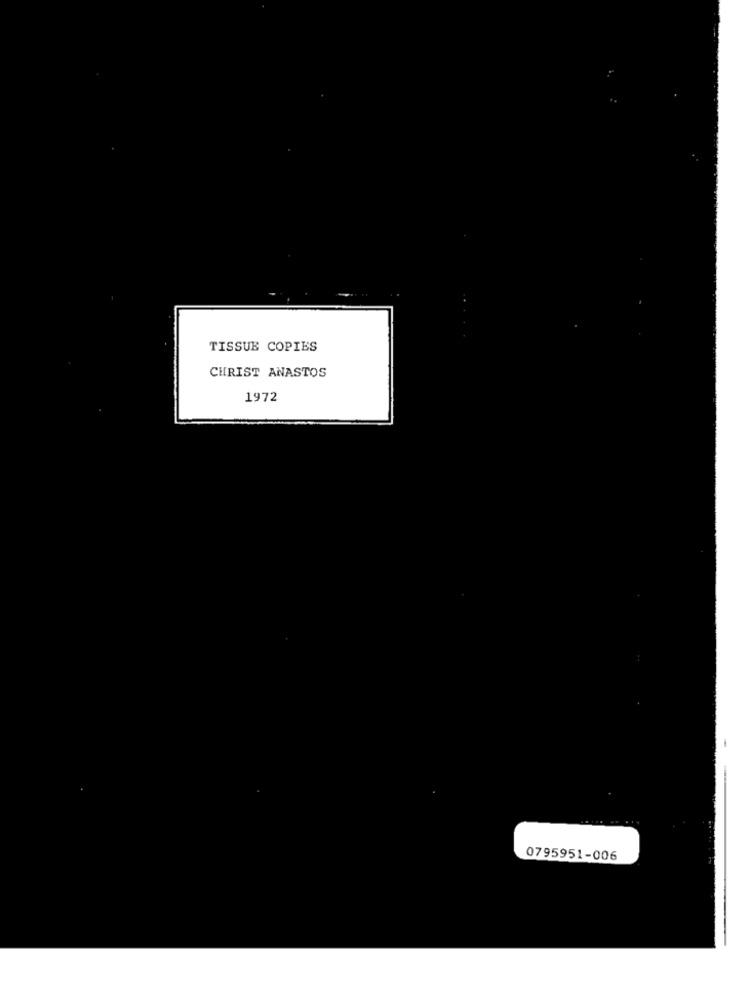
TISSUE COPIES
CHRIST ANASTOS
1972
0795951-006